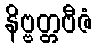
နိဗ္ဗတ္တဗီဇံ